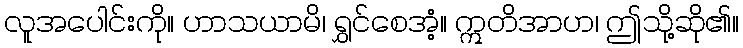
လူအပေါင်းကို။ ဟာသယာမိ၊ ရွှင်စေအံ့။ ဣတိအာဟ၊ ဤသို့ဆို၏။